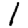
Digit: 1